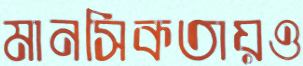
মানসিকতায়ও